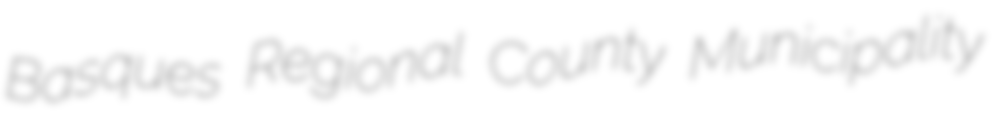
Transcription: Basques Regional County Municipality